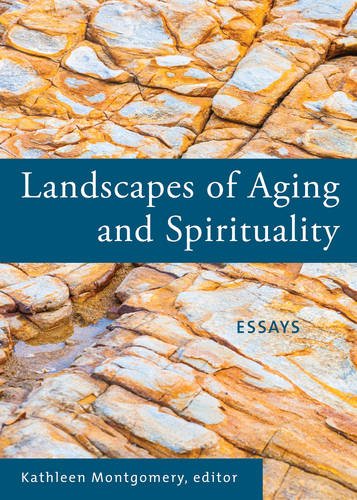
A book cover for Landscapes of Aging and Spirituality: Essays; Religion & Spirituality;